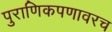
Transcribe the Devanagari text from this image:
पुराणिकपणावरच